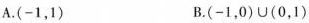
A.(-1，1) B.(-1，0)\cup(0，1)